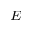
^ { E }